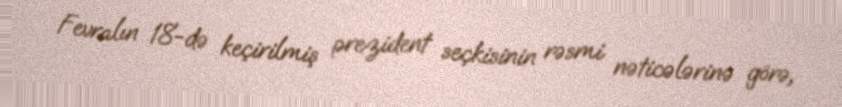
Fevralın 18-də keçirilmiş prezident seçkisinin rəsmi nəticələrinə görə,